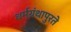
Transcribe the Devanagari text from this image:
धर्मग्रंथापुरते